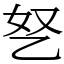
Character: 㐐